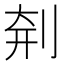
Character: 㓫